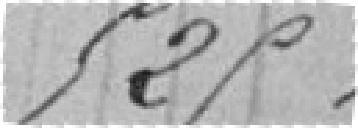
525